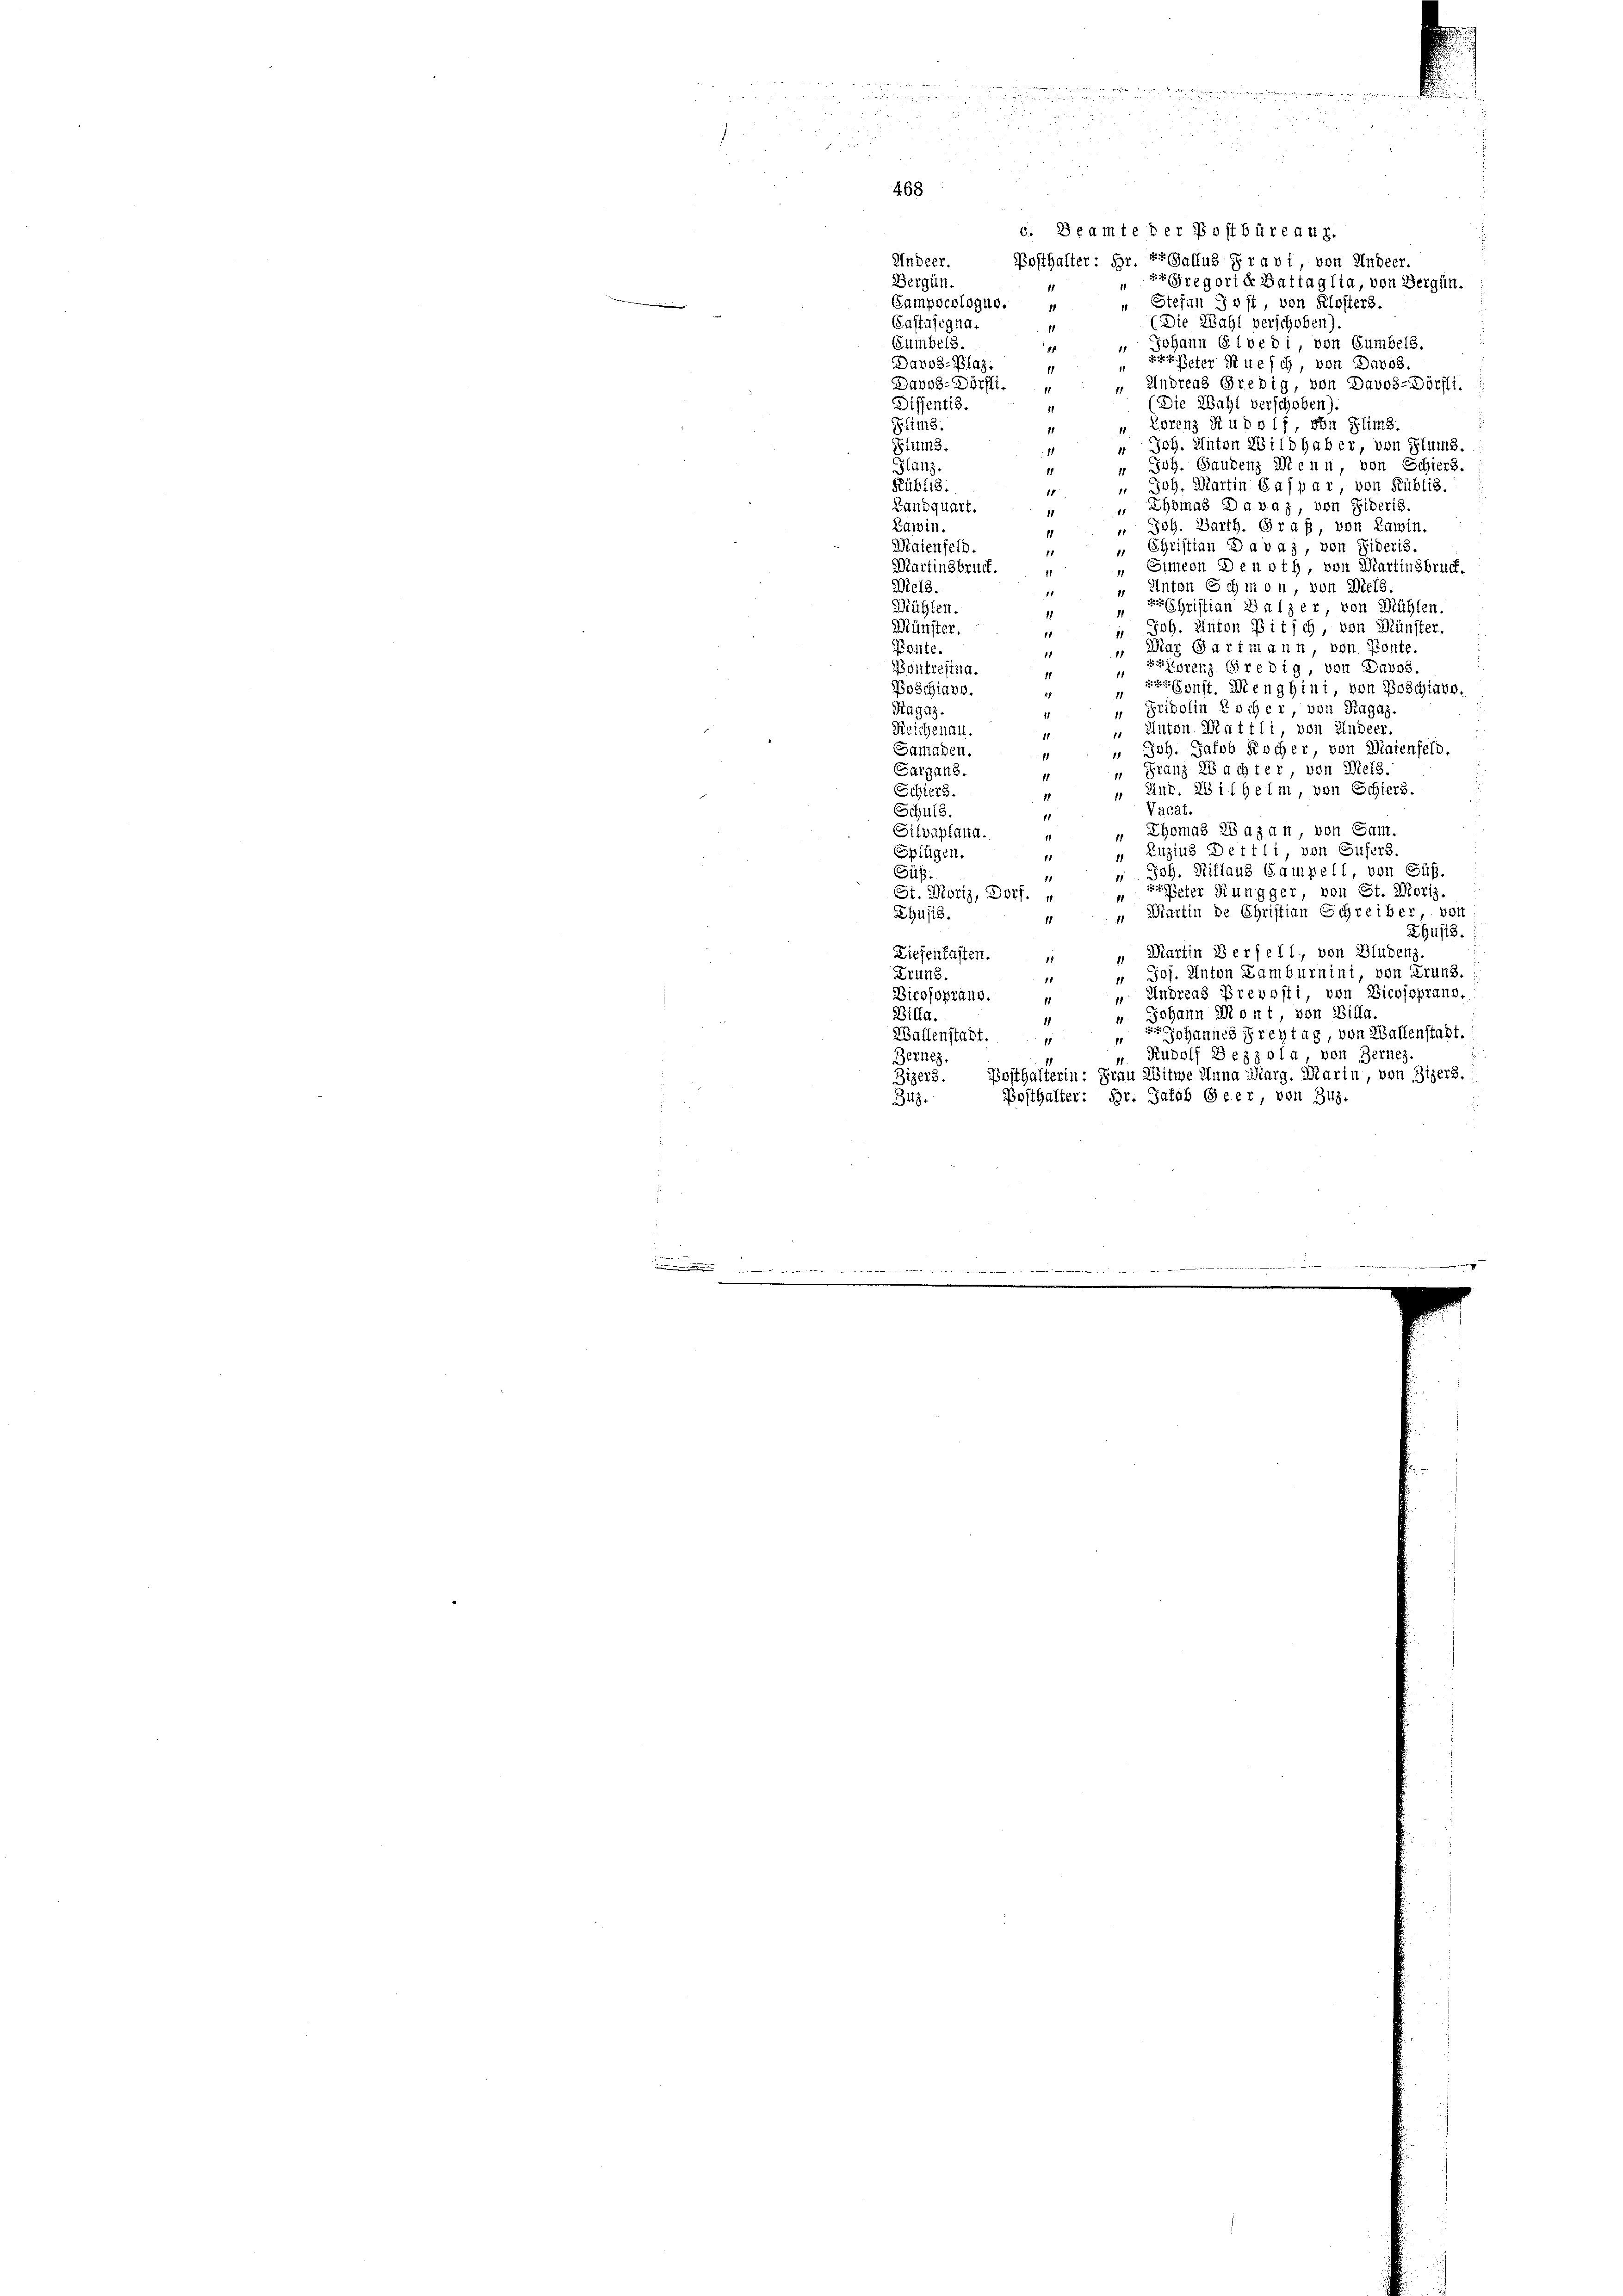
u
468

e
2
5
 24 x

i
¬
c. Beamte der Postbüreau.
Undeer.
Posthalter: Hr. Er Gallus Fravi von Andeer.
Gregorie Battaglia, von Bergün.
Bergün-
Stefan Jost, von Klosters.
Sampschlogne.
i
Gastasigna¬
(Die Wahl verschoben).
11
Johann Gloedi, von Cumbels.
Bumbels.
85
Davos- Plaz.
Peter Ruech, von Davos.
1
Davos-Dörfli.
ndreas Gredig, von Davos-Dörfli
die Wahl verschoben).
Diffentis.
orenz Rudolf, von Flims.
Plims.
H. Anton Bild haber, von Plums.
Slums.
Saudenz Menn, von Schiers.
Hlanz.
g. Martin Caspar, von Rüblis.
Rüblis.
¬
homas Davaz, von Dideris.
Lanzquart.
Barth. Graf, von Kamin.
Lawin.
Maienfeld.
ristian Davaz, von Fideris.
Martinsbruck.
Simeon Den sth, von Martinsbruck.
Inten Schmon, von Wels
Mels.
Christian Walzer, von Mühlen.
Mühlen.
H. Anton Pitsch, von Münster.
Münster.
Mar Gartmann, von Ponte.
Ponte.
Eurenz, Gredig, von Davos.
Bontreftud.
eer sonst. Wenghini, von Boschiavo.
Poschiavo.
Fridolin Kocher, von Ragaz.
Ragaz.
Anton. Mattli, von Kindeer
Krichenau.
Joh. Jakob Kocher, von Maienfeld.
Samaden.
Franz 28 achter, von Meis,
Sargans.
Ant. 23 il Heim, von Schiers.
Schiers.
Vacat.
Schuls
Thomas Lazan, von Sam.
Silvaplana.
Enzius Dettli, von Eifers
Splügen.
oh. Mitlaus Campell, von Süß.
Süß.
Peter Rungger, von St. Moriz.
St. Moriz, Dorf.
Martin de Christian Schreiber, von
Chusis.
husis.
Martin Verfell, von Bludenz.
Ziefenfasten.
Joj. Anton Lamburnini, von Grund.
Druns.
11
11
 Andreas Prevosti, von Bicossprano,
Bicpsoprang.
11
ohann Mont von Billa.
Billa.
1
 Johannes Freytag, von Wallenstadt.
Ballenstadt.
11
11
Rudolf Bezzola, von Bernes.
Bernes.
1
Zigers. Posthalferin: Frau Witwe Anna Marg. Marin, von Zigers.:
Posthalter: Hr. Jakob Geer, von Zuz.
349.
2
esher erachte der der alle Mitter
 um einen
.
.